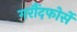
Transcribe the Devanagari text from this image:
गरौंदफोर्से